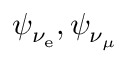
\psi _ { \nu _ { \mathrm { e } } } , \psi _ { \nu _ { \mu } }